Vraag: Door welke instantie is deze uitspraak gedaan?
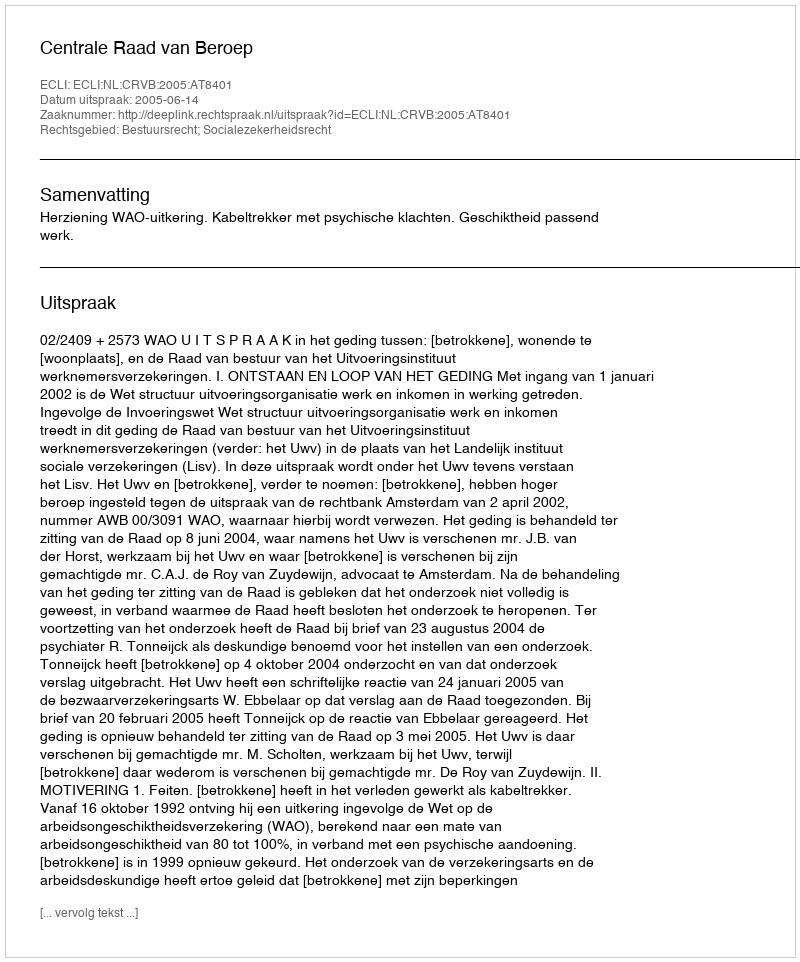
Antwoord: Centrale Raad van Beroep